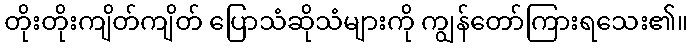
တိုးတိုးကျိတ်ကျိတ် ပြောသံဆိုသံများကို ကျွန်တော်ကြားရသေး၏။